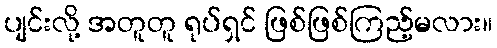
ပျင်းလို့ အတူတူ ရုပ်ရှင် ဖြစ်ဖြစ်ကြည့်မလား။